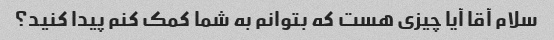
سلام آقا آیا چیزی هست که بتوانم به شما کمک کنم پیدا کنید؟